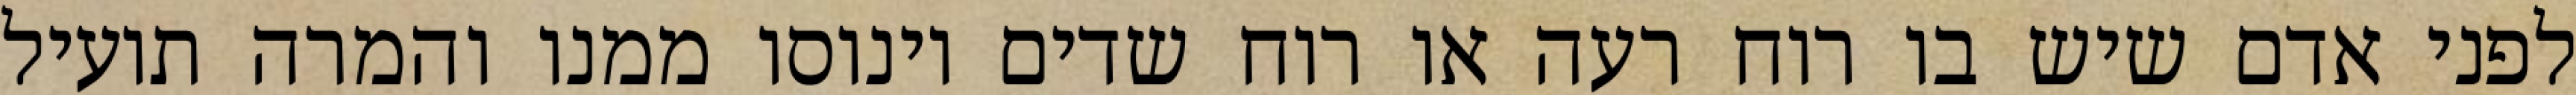
לפני אדם שיש בו רוח רעה או רוח שדים וינוסו ממנו והמרה תועיל